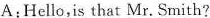
A:Hello,is that Mr. Smith?